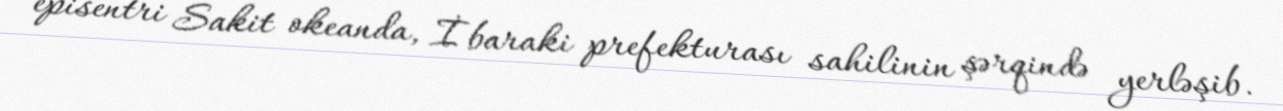
episentri Sakit okeanda, İbaraki prefekturası sahilinin şərqində yerləşib.